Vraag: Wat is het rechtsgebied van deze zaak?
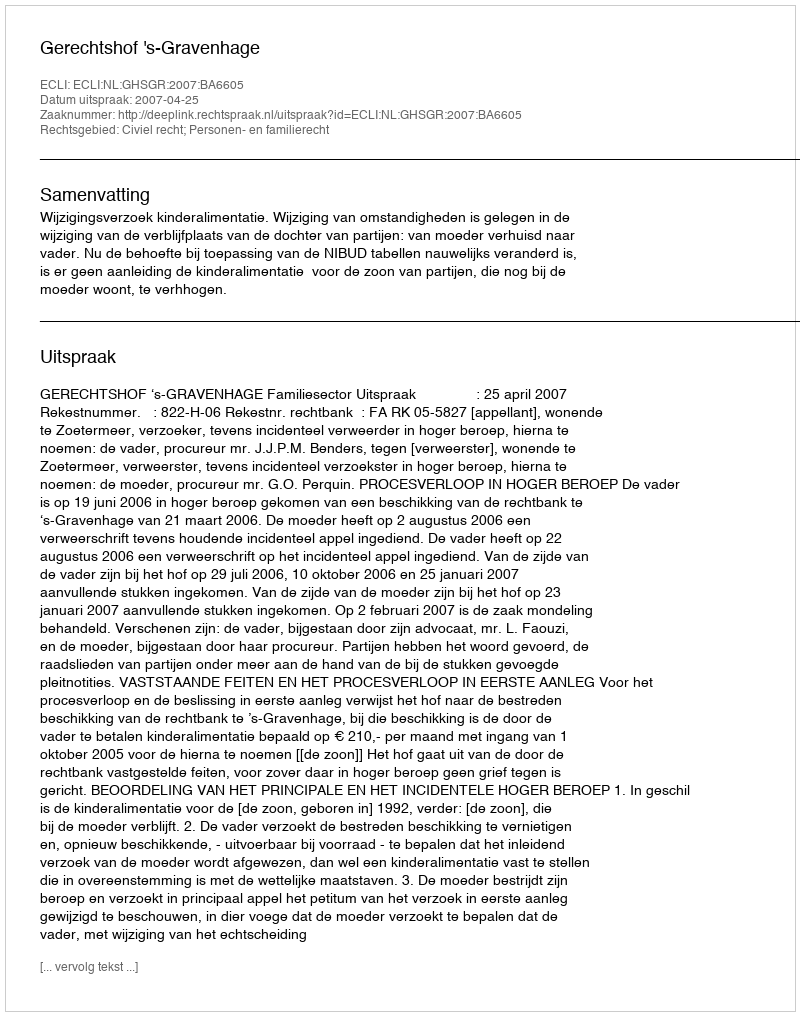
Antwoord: Civiel recht; Personen- en familierecht